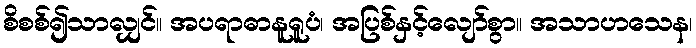
စိစစ်၍သာလျှင်။ အပရာဓာနူရူပံ၊ အပြစ်နှင့်လျော်စွာ။ အသာဟသေန၊